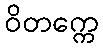
ဝိတက္ကေ